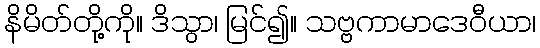
နိမိတ်တို့ကို။ ဒိသွာ၊ မြင်၍။ သဗ္ဗကာမာဒေဝီယာ၊